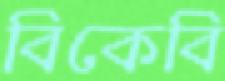
বিকেবি